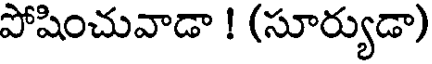
పోషించువాడా ! (సూర్యుడా)